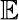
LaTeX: \mathbb{E}